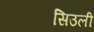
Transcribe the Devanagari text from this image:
सिउली